Indian journal of veterinary science and animal husbandry - Volume 12,
Year: 1942
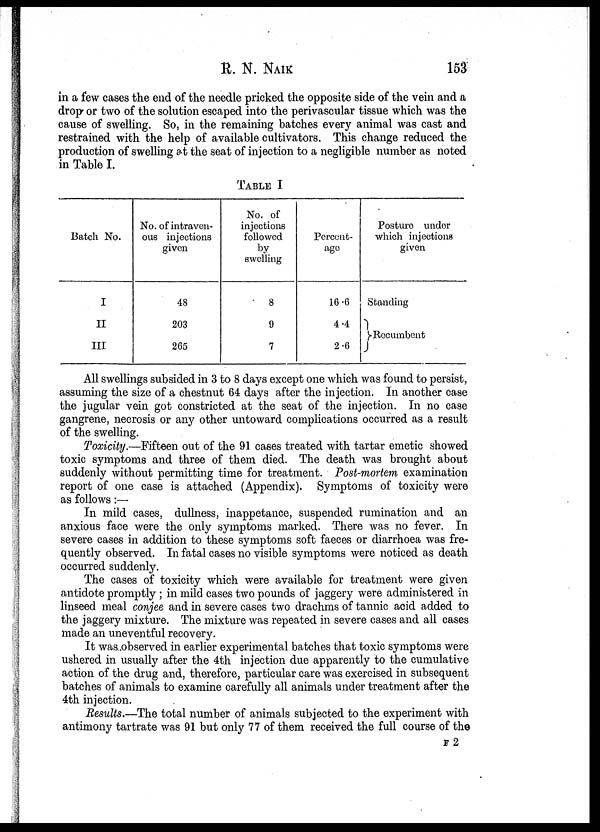
R. N. NAIK 153
in a few cases the end of the needle pricked the opposite side of the vein and a
drop or two of the solution escaped into the perivascular tissue which was the
cause of swelling. So, in the remaining batches every animal was cast and
restrained with the help of available cultivators. This change reduced the
production of swelling at the seat of injection to a negligible number as noted
in Table I.
TABLE I
Batch No.
I
II
III
No. of intraven-
ous injections
given
48
203
265
No. of
injections
followed
by
swelling
8
9
7
Percent-
age
16.6
4 4
2.6
Posture under
which injections
given
Standing
Recumbent
All swellings subsided in 3 to 8 days except one which was found to persist,
assuming the size of a chestnut 64 days after the injection. In another case
the jugular vein got constricted at the seat of the injection. In no case
gangrene, necrosis or any other untoward complications occurred as a result
of the swelling.
Toxicity.—Fifteen out of the 91 cases treated with tartar emetic showed
toxic symptoms and three of them died. The death was brought about
suddenly without permitting time for treatment. Post-mortem examination
report of one case is attached (Appendix). Symptoms of toxicity were
as follows:—
In mild cases, dullness, inappetance, suspended rumination and an
anxious face were the only symptoms marked. There was no fever. In
severe cases in addition to these symptoms soft faeces or diarrhoea was fre-
quently observed. In fatal cases no visible symptoms were noticed as death
occurred suddenly.
The cases of toxicity which were available for treatment were given
antidote promptly ; in mild cases two pounds of jaggery were administered in
linseed meal conjee and in severe cases two drachms of tannic acid added to
the jaggery mixture. The mixture was repeated in severe cases and all cases
made an uneventful recovery.
It was observed in earlier experimental batches that toxic symptoms were
ushered in usually after the 4th injection due apparently to the cumulative
action of the drug and, therefore, particular care was exercised in subsequent
batches of animals to examine carefully all animals under treatment after the
4th injection.
Results.—The total number of animals subjected to the experiment with
antimony tartrate was 91 but only 77 of them received the full course of the
F 2